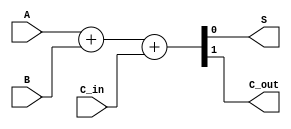
module full_adder(
  input A,
  input B,
  input C_in,
  output S,
  output C_out
);

  assign {C_out, S} = A + B + C_in;

endmodule